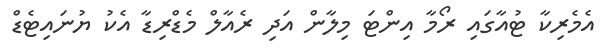
އެމެރިކާ ޓުއާގައި ރޯމާ އިންޓަ މިލާން އަދި ރެއާލް މެޑްރިޑާ އެކު ޔުނައިޓެޑް